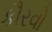
કૌરવો